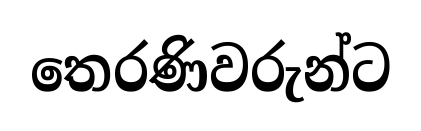
තෙරණිවරුන්ට